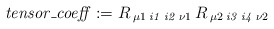
\begin{align*}\mathit{tensor\_coeff} := R\,{_{\mu 1}}\,{_{\mathit{i1}}}\,{_{\mathit{i2}}}\,{_{\nu 1}}\,R\,{_{\mu 2}}\,{_{\mathit{i3}}}\,{_{\mathit{i4}}}\,{_{\nu 2}}\end{align*}